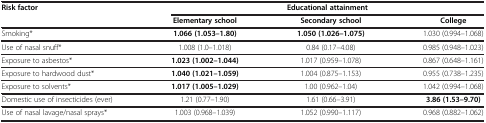
| Risk factor | <COLSPAN=3> Educational attainment |
 |  | Elementary school | Secondary school | College |
 | --- | --- | --- | --- |
 | Smoking* | 1.066 (1.053–1.80) | 1.050 (1.026–1.075) | 1.030 (0.994–1.068) |
 | Use of nasal snuff* | 1.008 (1.0–1.018) | 0.84 (0.17–4.08) | 0.985 (0.948–1.023) |
 | Exposure to asbestos* | 1.023 (1.002–1.044) | 1.017 (0.959–1.078) | 0.867 (0.648–1.161) |
 | Exposure to hardwood dust* | 1.040 (1.021–1.059) | 1.004 (0.875–1.153) | 0.955 (0.738–1.235) |
 | Exposure to solvents* | 1.017 (1.005–1.029) | 1.00 (0.962–1.04) | 1.042 (0.994–1.068) |
 | Domestic use of insecticides (ever) | 1.21 (0.77–1.90) | 1.61 (0.66–3.91) | 3.86 (1.53–9.70) |
 | Use of nasal lavage/nasal sprays* | 1.003 (0.968–1.039) | 1.052 (0.990–1.117) | 0.968 (0.882–1.062) |